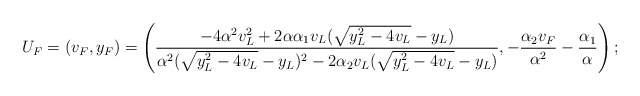
\begin{align*}U_F=(v_F,y_F)=\left(\frac{-4\alpha^2 v_L^2+2\alpha \alpha_1 v_L(\sqrt{y_L^2-4v_L}-y_L)}{\alpha^2(\sqrt{y_L^2-4v_L}-y_L)^2-2\alpha_2 v_L(\sqrt{y_L^2-4v_L}-y_L)}, -\frac{\alpha_2v_F}{\alpha^2}-\frac{\alpha_1}{\alpha} \right);\end{align*}